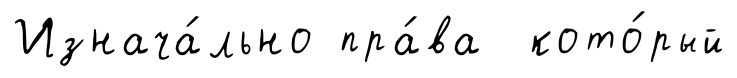
Изнача́льно пра́ва кото́рый